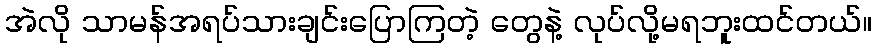
အဲလို သာမန်အရပ်သားချင်းပြောကြတဲ့ တွေနဲ့ လုပ်လို့မရဘူးထင်တယ်။